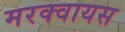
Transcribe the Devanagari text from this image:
मरक्वायस